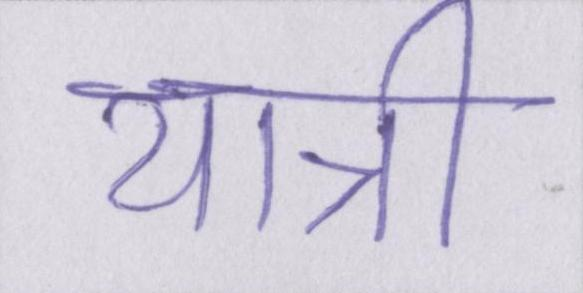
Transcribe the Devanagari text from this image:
यात्री